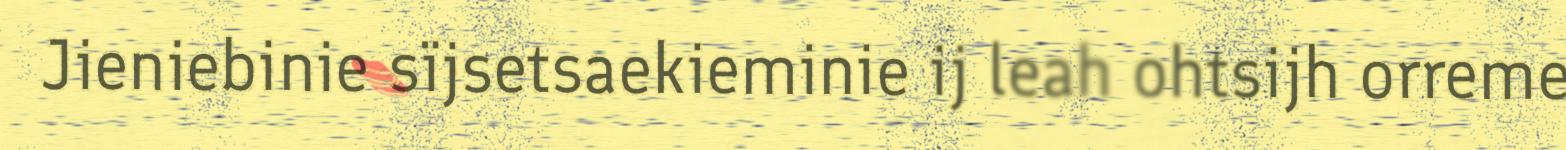
Jieniebinie sïjsetsaekieminie ij leah ohtsijh orreme